Civil Veterinary Department Bengal reports 1933-51 - 1933-1951
Year: 1933
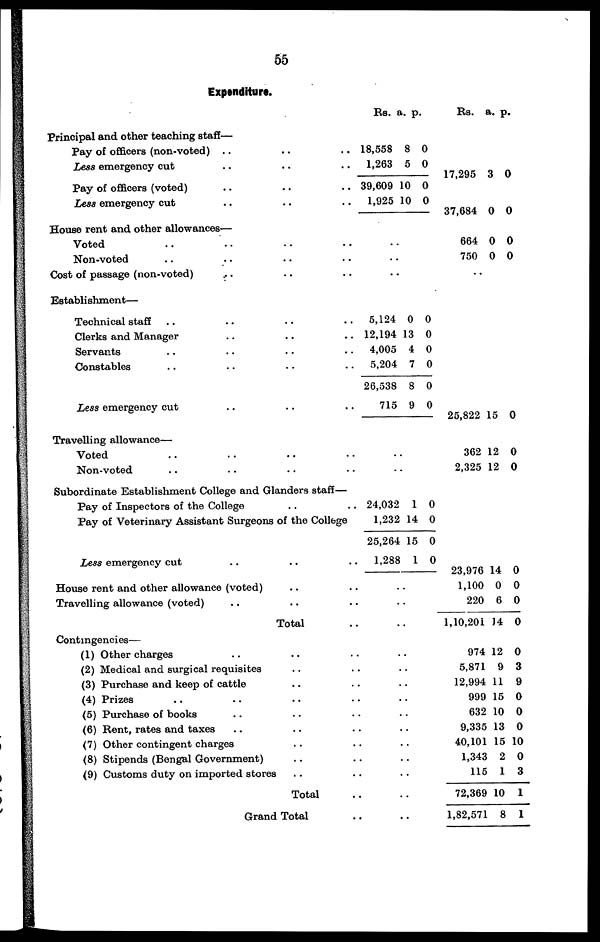
55
Expenditure.
Principal and other teaching staff—
Pay of officers (non-voted) .. .. ..
Less emergency cut .. .. ..
Pay of officers (voted) .. .. ..
Less emergency cut .. .. ..
House rent and other allowances—
Voted .. .. .. ..
Non-voted .. .. .. ..
Cost of passage (non-voted) .. .. ..
Establishment—
Technical staff .. .. .. ..
Clerks and Manager .. .. ..
Servants .. .. .. ..
Constables .. .. .. ..
Less emergency cut .. .. ..
Travelling allowance—
Voted .. .. .. ..
Non-voted .. .. .. .. ..
Subordinate Establishment College and Glanders staff—
Pay of Inspectors of the College .. ..
Pay of Veterinary Assistant Surgeons of the College
Less emergency cut .. .. ..
House rent and other allowance (voted) .. ..
Travelling allowance (voted) .. .. ..
Total ..
Contingencies—
(1) Other charges .. .. ..
(2) Medical and surgical requisites .. ..
(3) Purchase and keep of cattle .. ..
(4) Prizes .. .. .. ..
(5) Purchase of books .. .. ..
(6) Rent, rates and taxes .. .. ..
(7) Other contingent charges .. ..
(8) Stipends (Bengal Government) .. ..
(9) Customs duty on imported stores .. ..
Total ..
Grand Total ..
Rs.
18,558
1,263
39,609
1,925
..
..
..
5,124
12,194
4,005
5,204
26,538
715
24,032
1,232
25,264
1,288
..
..
..
..
..
..
..
..
..
..
..
..
..
..
a.
8
5
10
10
0
13
4
7
8
9
1
14
15
1
p.
0
0
0
0
0
0
0
0
0
0
0
0
0
0
Rs.
17,295
37,684
664
750
..
25,822
362
2,325
23,976
1,100
220
1,10,201
974
5,871
12,994
999
632
9,335
40,101
1,343
115
72,369
1,82,571
a.
3
0
0
0
15
12
12
14
0
6
14
12
9
11
15
10
13
15
2
1
10
8
p.
0
0
0
0
0
0
0
0
0
0
0
0
3
9
0
0
0
10
0
3
1
1